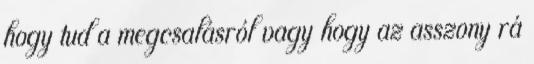
hogy tud a megcsalásról vagy hogy az asszony rá